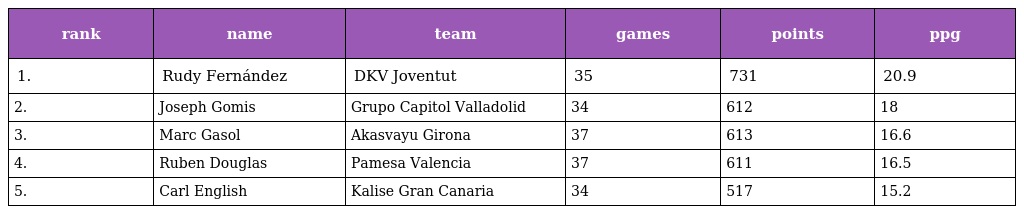
| rank | name | team | games | points | ppg |
 | --- | --- | --- | --- | --- | --- |
 | 1. | Rudy Fernández | DKV Joventut | 35 | 731 | 20.9 |
 | 2. | Joseph Gomis | Grupo Capitol Valladolid | 34 | 612 | 18 |
 | 3. | Marc Gasol | Akasvayu Girona | 37 | 613 | 16.6 |
 | 4. | Ruben Douglas | Pamesa Valencia | 37 | 611 | 16.5 |
 | 5. | Carl English | Kalise Gran Canaria | 34 | 517 | 15.2 |